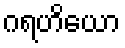
ဂရဟိယော